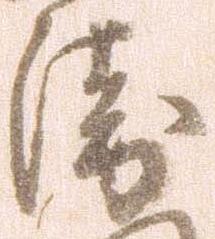
衛